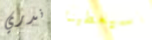
ندري سيعطينا